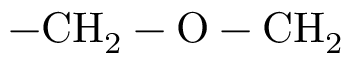
\mathrm { - C H _ { 2 } - O - C H _ { 2 } }